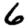
Digit: 6